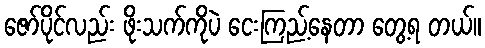
ဇော်ပိုင်လည်း ဖိုးသက်ကိုပဲ ငေးကြည့်နေတာ တွေ့ရ တယ်။